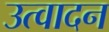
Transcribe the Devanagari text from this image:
उत्वादन